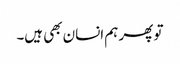
تو پھر ہم انسان بھی ہیں۔